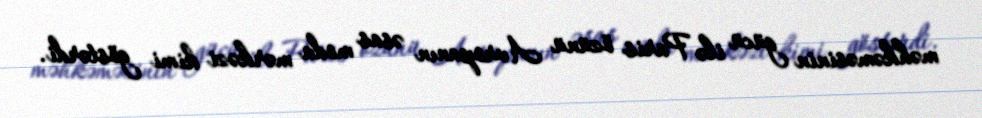
məhkəməsinin gücü ilə Paris özünü Avropanın əsas moda mərkəzi kimi göstərdi.